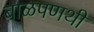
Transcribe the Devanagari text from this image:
बाळपणथी